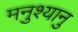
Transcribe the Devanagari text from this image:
मनुश्‍यानु